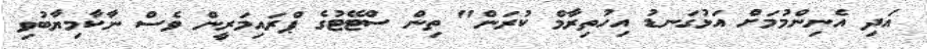
އަދި އެނިންމުމަށް އަޅުގަނޑު އިހުތިރާމް ކުރަން" ތިން ސްޓޭޓުގެ ޕްރައިމަރީން ވެސް ނާކާމިޔާބުވި